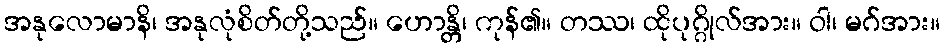
အနုလောမာနိ၊ အနုလုံစိတ်တို့သည်။ ဟောန္တိ၊ ကုန်၏။ တဿ၊ ထိုပုဂ္ဂိုလ်အား။ ဝါ၊ မဂ်အား။